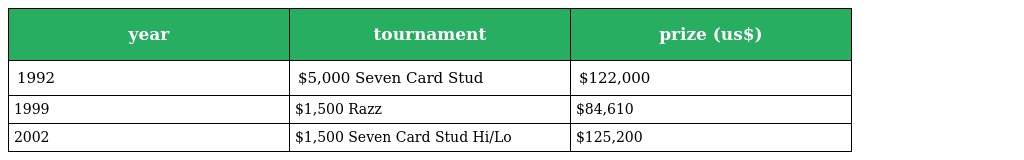
| year | tournament | prize (us$) |
 | --- | --- | --- |
 | 1992 | $5,000 Seven Card Stud | $122,000 |
 | 1999 | $1,500 Razz | $84,610 |
 | 2002 | $1,500 Seven Card Stud Hi/Lo | $125,200 |